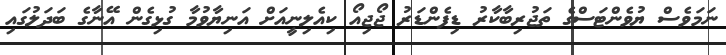
ނަމަވެސް ޔުވެންޓަސްގެ ތަޖުރިބާކާރު ޑިފެންޑަރު ޖޯޖިއޯ ކިއެލިނީއަށް އަނިޔާވުމާ ގުޅިގެން އޭނާގެ ބަދަލުގައި